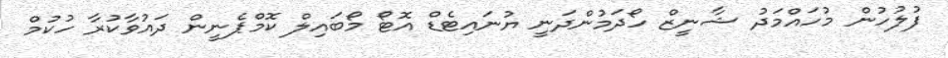
ފުލުހުން މުހައްމަދު ޝާނީޒް ހޯދަމުންދަނީ ޔުނައިޓެޑް އޮޓޯ މޯބައިލް ކޮމްޕެނީން ދައުވާކުރާ ހުކުމް